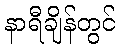
နာရီချိန်တွင်